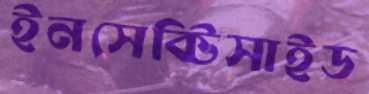
ইনসেক্টিসাইড